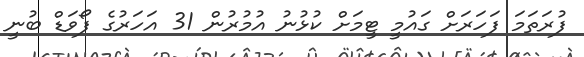
ފުރަތަމަ ފަހަރަށް ގައުމީ ޓީމަށް ކުޅުނު އުމުރުން 31 އަހަރުގެ ފޯވަޑް ބުނީ